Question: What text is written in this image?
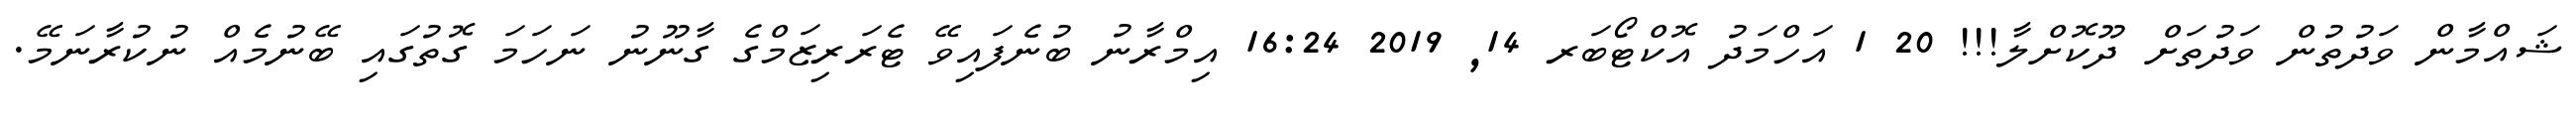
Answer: ޝައްމާން ވަދުތުން ވަދުތަށް ދޫކޮށްލާ!!! 20 1 އަހްމަދު އޮކްޓޯބަރ 14, 2019 16:24 އިމްރާނު ބުނެފައިވޭ ޓެރަރިޒަމްގެ ގާނޫނު ނަހަމަ ގޮތުގައި ބޭނުމެއް ނުކުރާނަމޭ.